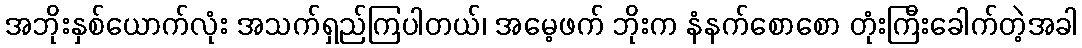
အဘိုးနှစ်ယောက်လုံး အသက်ရှည်ကြပါတယ်၊ အမေ့ဖက် ဘိုးက နံနက်စောစော တုံးကြီးခေါက်တဲ့အခါ